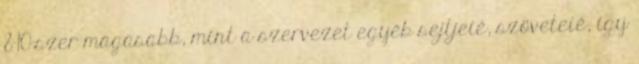
8-10-szer magasabb, mint a szervezet egyéb sejtjeié, szöveteié, így